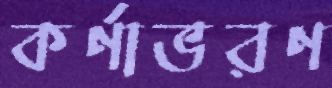
কর্ণাভরণ